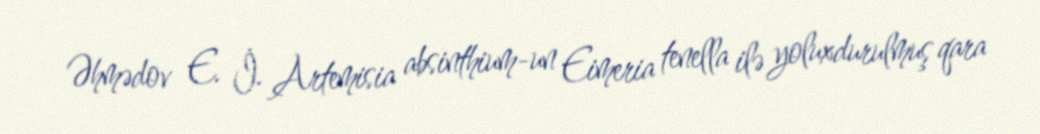
Əhmədov E. İ. Artemisia absinthium-un Eimeria tenella ilə yoluxdurulmuş qara